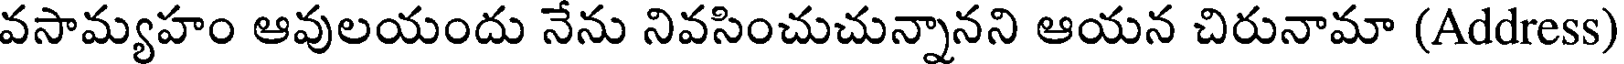
వసామ్యహం ఆవులయందు నేను నివసించుచున్నానని ఆయన చిరునామా (Address)